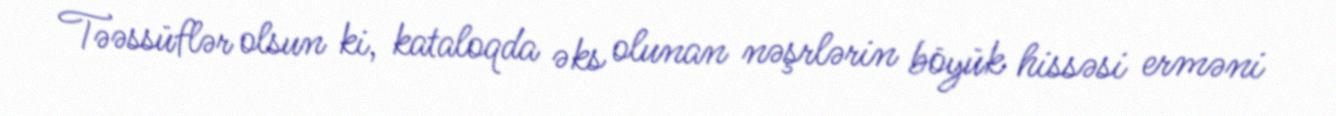
Təəssüflər olsun ki, kataloqda əks olunan nəşrlərin böyük hissəsi erməni